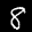
Label: 8